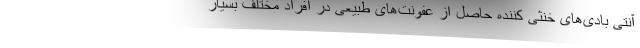
آنتی بادی‌های خنثی کننده حاصل از عفونت‌های طبیعی در افراد مختلف بسیار